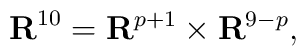
{\bf R}^{10} = {\bf R}^{p+1} \times {\bf R}^{9-p},